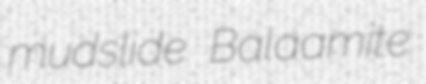
mudslide Balaamite